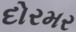
દોરમર